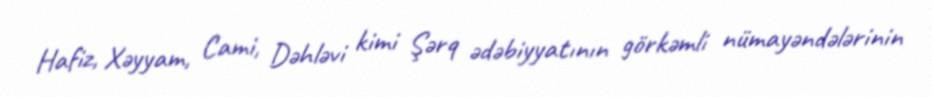
Hafiz, Xəyyam, Cami, Dəhləvi kimi Şərq ədəbiyyatının görkəmli nümayəndələrinin